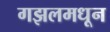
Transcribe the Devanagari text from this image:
गझलमधून